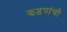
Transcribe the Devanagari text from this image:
झडपांची